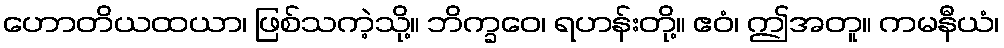
ဟောတိယထယာ၊ ဖြစ်သကဲ့သို့။ ဘိက္ခဝေ၊ ရဟန်းတို့။ ဧဝံ၊ ဤအတူ။ ကမနီယံ၊